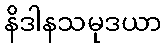
နိဒါနသမုဒယာ